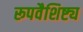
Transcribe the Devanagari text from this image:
रूपवैशिष्ट्य